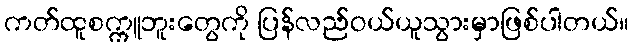
ကတ်ထူစက္ကူဘူးတွေကို ပြန်လည်ဝယ်ယူသွားမှာဖြစ်ပါတယ်။